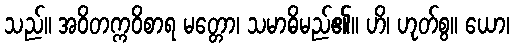
သည်။ အဝိတက္ကဝိစာရ မတ္တော၊ သမာဓိမည်၏။ ဟိ၊ ဟုတ်စွ။ ယော၊